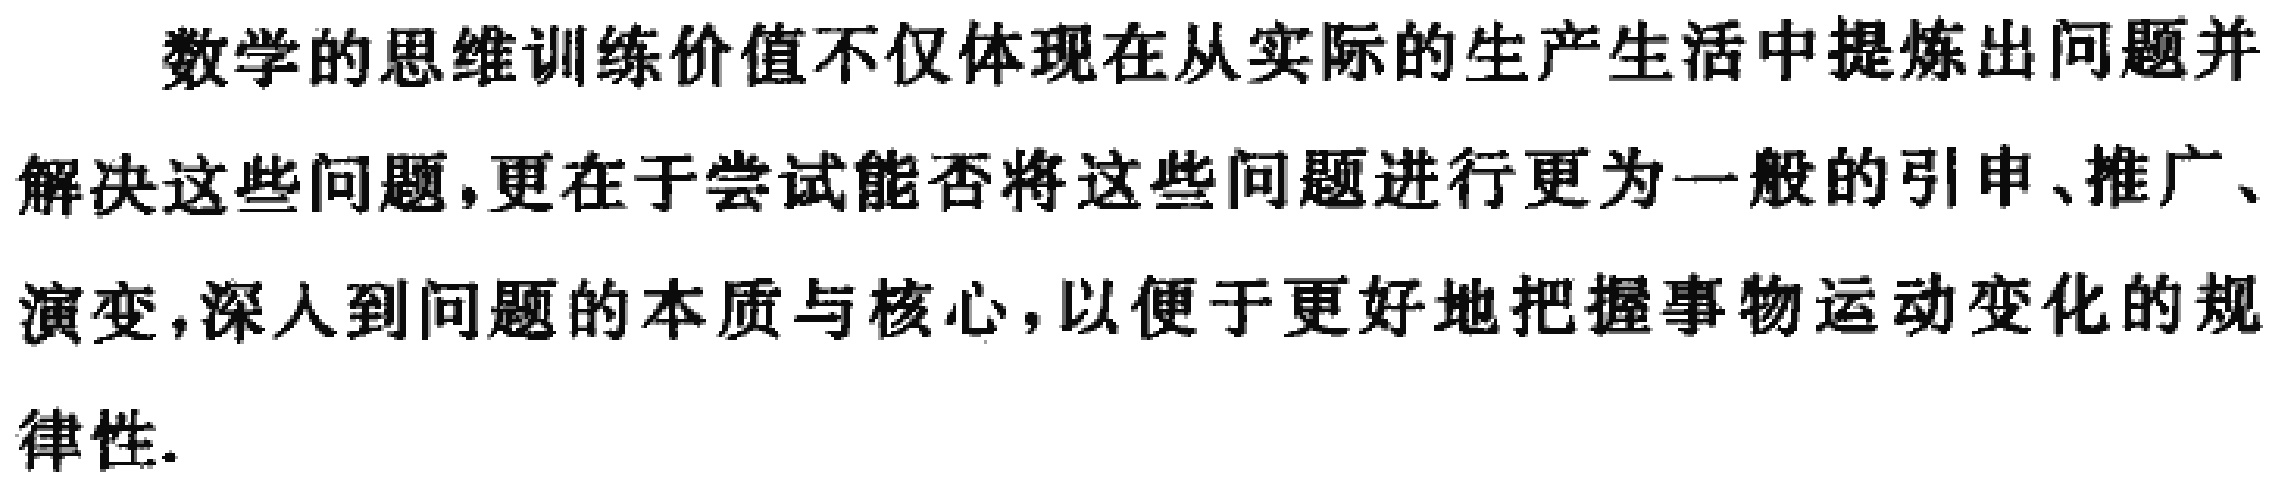
数学的思维训练价值不仅体现在从实际的生产生活中提炼出问题并解决这些问题,更在于尝试能否将这些问题进行更为一般的引申、推广、演变,深入到问题的本质与核心,以便于更好地把握事物运动变化的规律性.